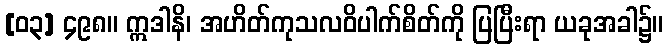
[၀၃] ၄၉၈။ ဣဒါနိ၊ အဟိတ်ကုသလဝိပါက်စိတ်ကို ပြပြီးရာ ယခုအခါ၌။